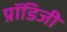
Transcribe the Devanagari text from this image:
प्रॉडिजी